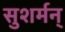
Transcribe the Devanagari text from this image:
सुशर्मन्